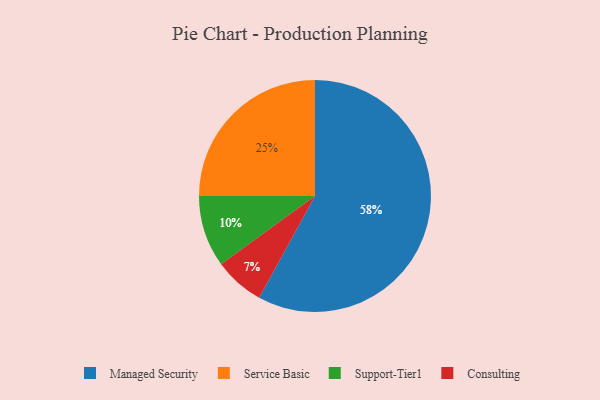
{"axis": {"x": "Category", "y": "Percentage"}, "legend": ["Consulting", "Managed Security", "Service Basic", "Support-Tier1"], "data": [{"x": "Service Basic", "y": 25, "type": "Service Basic"}, {"x": "Consulting", "y": 7, "type": "Consulting"}, {"x": "Managed Security", "y": 58, "type": "Managed Security"}, {"x": "Support-Tier1", "y": 10, "type": "Support-Tier1"}]}